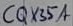
Text: C1X35A